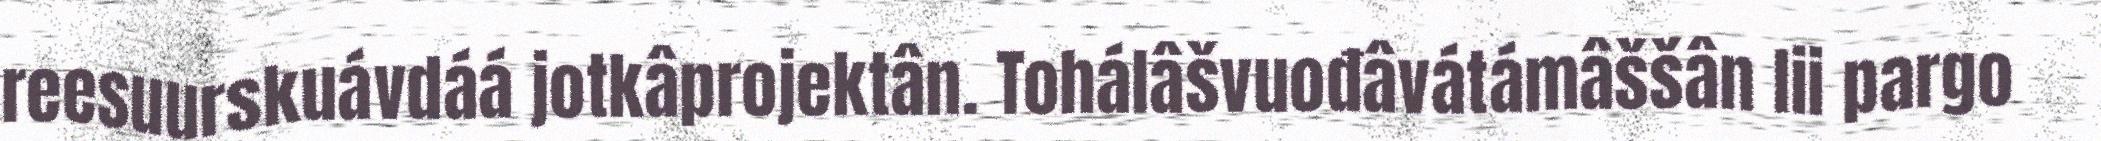
reesuurskuávdáá jotkâprojektân. Tohálâšvuođâvátámâššân lii pargo